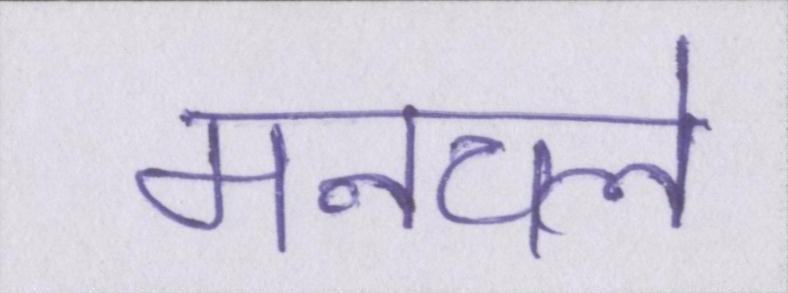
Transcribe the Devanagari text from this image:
मनचले